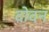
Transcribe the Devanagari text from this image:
दोदन